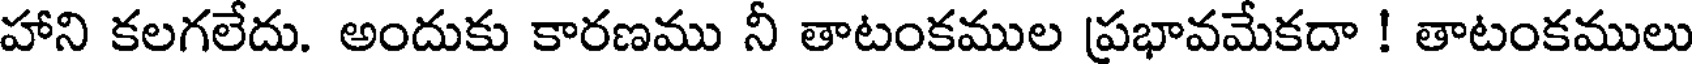
హాని కలగలేదు. అందుకు కారణము నీ తాటంకముల ప్రభావమేకదా ! తాటంకములు